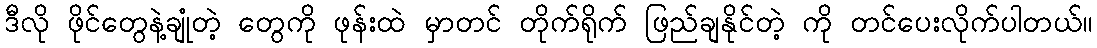
ဒီလို ဖိုင်တွေနဲ့ချုံတဲ့ တွေကို ဖုန်းထဲ မှာတင် တိုက်ရိုက် ဖြည်ချနိုင်တဲ့ ကို တင်ပေးလိုက်ပါတယ်။